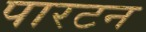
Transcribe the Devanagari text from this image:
पारटन